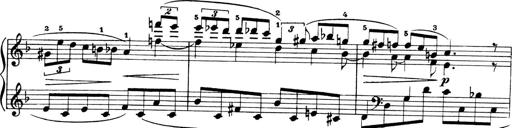
Title: 4 Sonatines
Composer: Max Reger